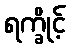
ရက္ခိုင့်